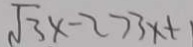
\sqrt { 3 } x - 2 > 3 x +